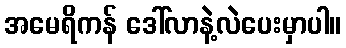
အမေရိကန် ဒေါ်လာနဲ့လဲပေးမှာပါ။